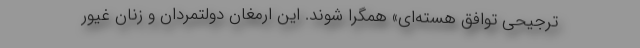
ترجیحی توافق هسته‌ای» همگرا شوند. این ارمغان دولتمردان و زنان غیور